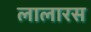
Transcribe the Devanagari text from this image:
लालारस